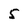
Character: 5